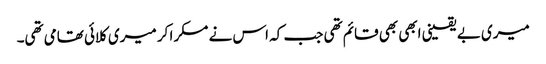
میری بے یقینی ابھی بھی قائم تھی جب کہ اس نے مسکرا کر میری کلائی تھامی تھی۔